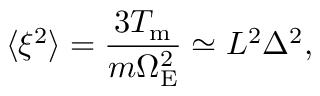
\langle \xi ^ { 2 } \rangle = \frac { 3 T _ { \mathrm { m } } } { m \Omega _ { \mathrm { E } } ^ { 2 } } \simeq L ^ { 2 } \Delta ^ { 2 } ,